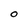
Character: O